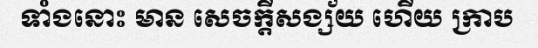
ទាំងនោះ មាន សេចក្តីសង្ស័យ ហើយ ក្រាប